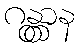
ဂန္တွာန